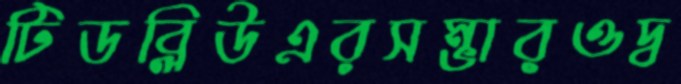
টিডব্লিউএরসম্ভারওদ্ব